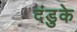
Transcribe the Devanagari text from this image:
दंडुके